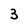
Character: 3